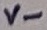
Text: V-